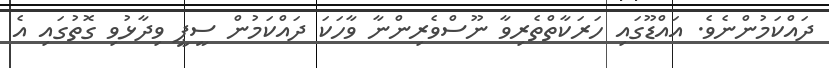
ދައްކަމުންނެވެ. އައްޑޫގައި ހަރަކާތްތެރިވާ ނޫސްވެރިންނާ ވާހަކަ ދައްކަމުން ސީޕީ ވިދާޅުވި ގޮތުގައި އެ